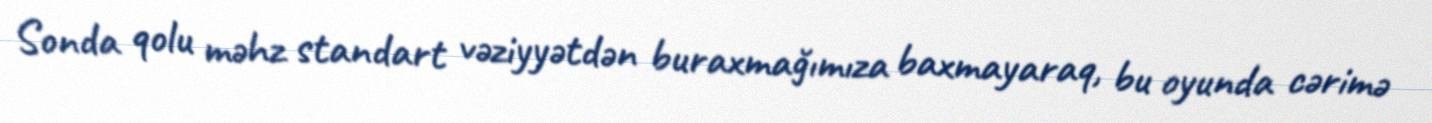
Sonda qolu məhz standart vəziyyətdən buraxmağımıza baxmayaraq, bu oyunda cərimə